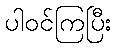
ပါဝင်ကြပြီး